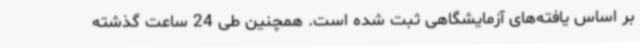
بر اساس یافته‌های آزمایشگاهی ثبت شده است. همچنین طی 24 ساعت گذشته